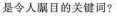
是令人瞩目的关键词?